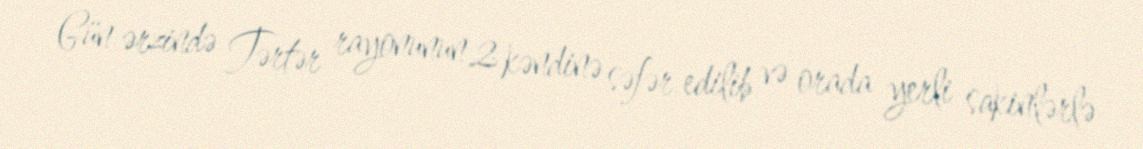
Gün ərzində Tərtər rayonunun 2 kəndinə səfər edilib və orada yerli sakinlərlə